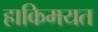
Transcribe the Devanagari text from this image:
हाकिमयत